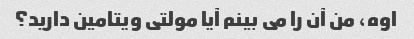
اوه، من آن را می بینم آیا مولتی ویتامین دارید؟